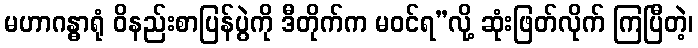
မဟာဂန္ဓာရုံ ဝိနည်းစာပြန်ပွဲကို ဒီတိုက်က မဝင်ရ”လို့ ဆုံးဖြတ်လိုက် ကြပြီတဲ့၊